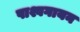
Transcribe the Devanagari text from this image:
पाश्वगायन